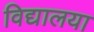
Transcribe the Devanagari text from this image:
विद्यालया